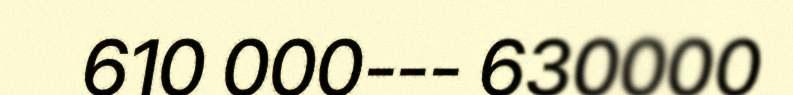
610 000--- 630000